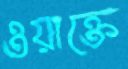
ওয়াক্তে